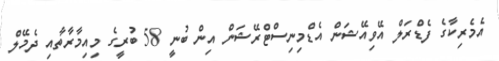
އެމެރިކާގެ ފެޑްރަލް އޭވިއޭޝަން އެޑްމިނިސްޓްރޭޝަން އިން ބުނީ 58 ބުރީގެ މިއިމާރާތާއި ދެމޭލް